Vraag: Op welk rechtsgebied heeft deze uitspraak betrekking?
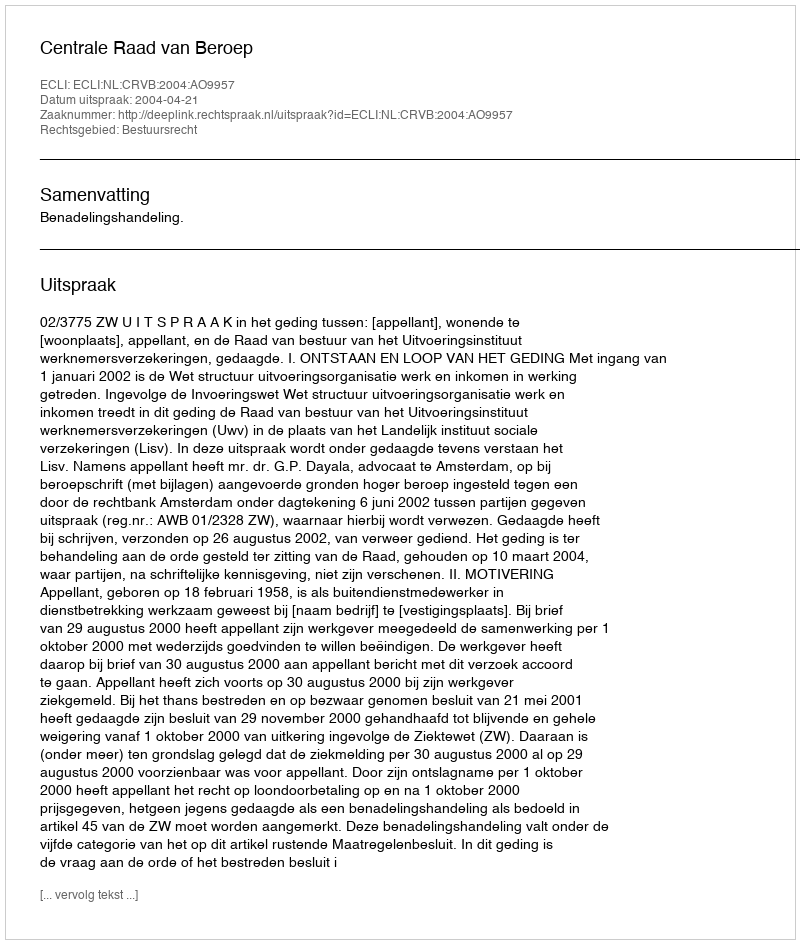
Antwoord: Bestuursrecht